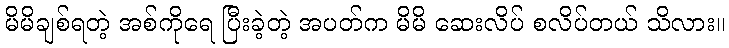
မိမိချစ်ရတဲ့ အစ်ကိုရေ ပြီးခဲ့တဲ့ အပတ်က မိမိ ဆေးလိပ် စလိပ်တယ် သိလား။